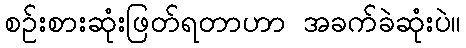
စဉ်းစားဆုံးဖြတ်ရတာဟာ အခက်ခဲဆုံးပဲ။